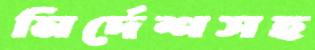
নির্দেশসহ